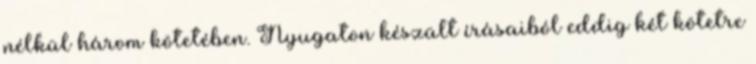
nélkül három kötetében. Nyugaton készült írásaiból eddig két kötetre